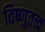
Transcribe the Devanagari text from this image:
विष्णुतत्त्व